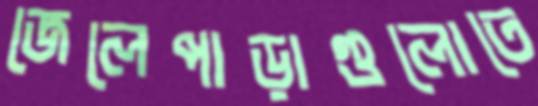
জেলেপাড়াগুলোতে